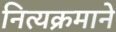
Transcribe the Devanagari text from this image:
नित्यक्रमाने